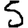
Digit: 5